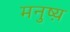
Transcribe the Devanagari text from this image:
मनुष्य़